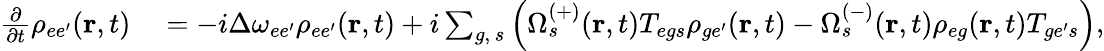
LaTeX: \begin{array}{rl}{\frac{\partial}{\partial t}\rho_{ee^{\prime}}(\textbf{r},t)}&{{}=-i\Delta\omega_{ee^{\prime}}\rho_{{ee^{\prime}}}(\textbf{r},t)+i\sum_{g,\, s}\left(\Omega_{s}^{(+)}(\textbf{r},t)T_{{eg}s}\rho_{{ge^{\prime}}}(\textbf{r},t)-\Omega_{s}^{(-)}(\textbf{r},t)\rho_{{eg}}(\textbf{r},t)T_{{ge^{\prime}}s}\right),}\end{array}